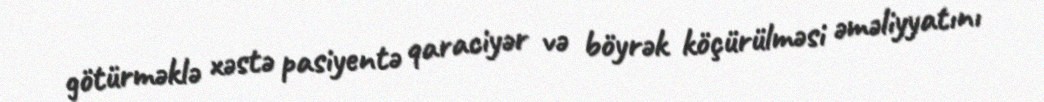
götürməklə xəstə pasiyentə qaraciyər və böyrək köçürülməsi əməliyyatını